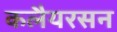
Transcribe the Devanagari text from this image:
कलैयरसन